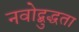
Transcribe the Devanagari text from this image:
नवोद्बुद्धता